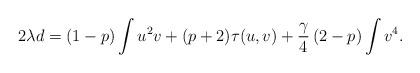
LaTeX: \begin{align*} 2\lambda d=(1-p)\int u^2v+(p+2)\tau(u,v)+\frac{\gamma}4\left(2-p\right) \int v^4.\end{align*}